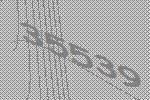
35539